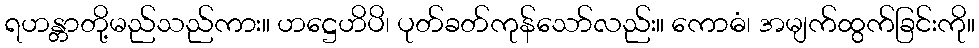
ရဟန္တာတို့မည်သည်ကား။ ဟဋ္ဌေဟိပိ၊ ပုတ်ခတ်ကုန်သော်လည်း။ ကောဓံ၊ အမျက်ထွက်ခြင်းကို။